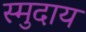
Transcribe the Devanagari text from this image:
स्मुदाय